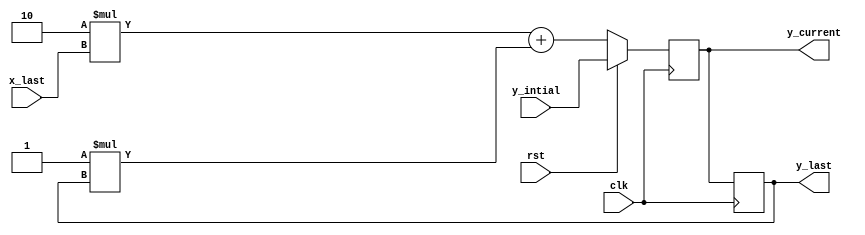
module FIR #(
    parameter a = 8'b00000010,
    parameter b = 8'b00000001
) (
    input wire clk,
    input wire rst,
    input wire signed [7:0] x_last,
    input wire signed [7:0] y_intial,
    
    output reg signed [7:0] y_last,
    output reg signed [7:0] y_current
);




always @(posedge clk) begin
    if (rst)
     y_current <= y_intial;
    else
     y_current <= a*x_last + b*y_last;
end

always @(negedge clk) begin
    y_last <= y_current;
end


    
endmodule